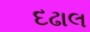
દઢાલ